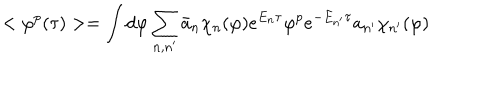
LaTeX: < \varphi ^ { p } ( \tau ) > = \int d \varphi \sum _ { n , n ^ { \prime } } \bar { a } _ { n } \chi _ { n } ( \varphi ) e ^ { E _ { n } \tau } \varphi ^ { p } e ^ { - E _ { n ^ { \prime } } \tau } a _ { n ^ { \prime } } \chi _ { n ^ { \prime } } ( \varphi )